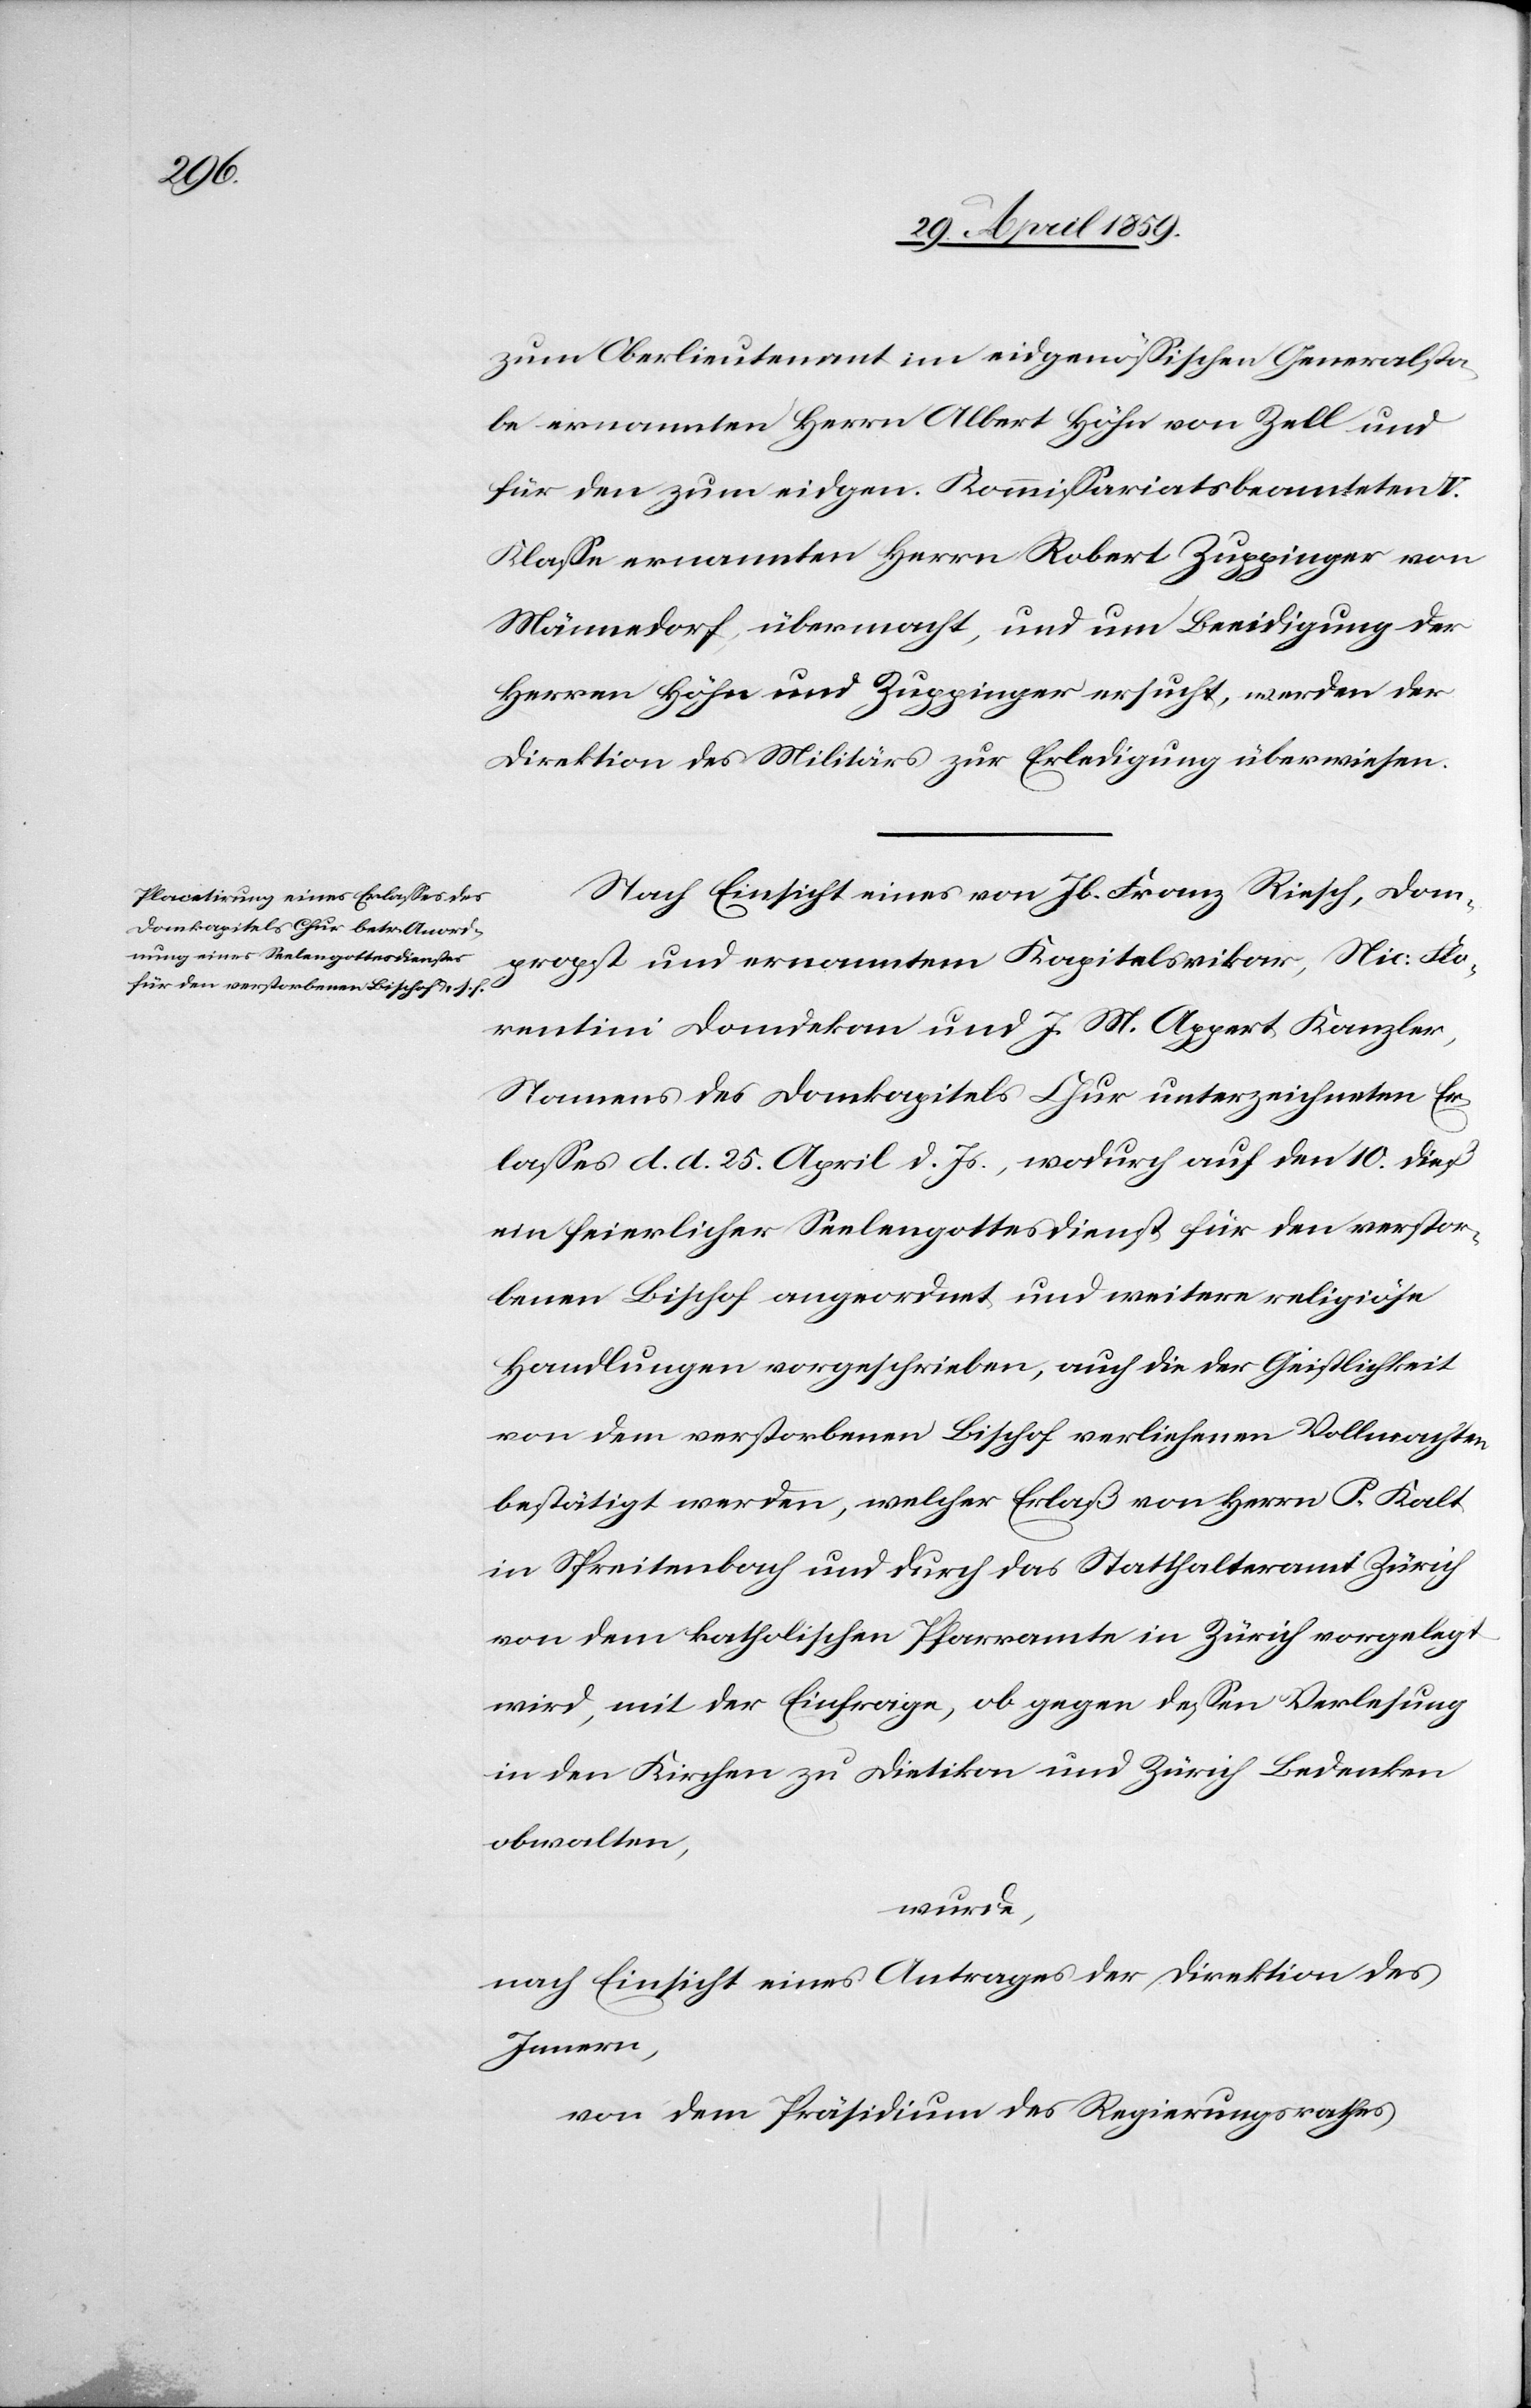
1859.]

zum Oberlieutenant im eidgenößischen Generalsta¬
be ernannten Herrn Albert Höhn von Zell und
für den zum eidgen. Kommißariatsbeamteten V.
Klaße ernannten Herrn Robert Zuppinger von
Männedorf, übermacht, und um Beeidigung der
Herren Höhn und Zuppinger ersucht, werden der
Direktion des Militärs zur Erledigung überwiesen.
Nach Einsicht eines von Jb. Franz Riesch, Dom¬
propst und ernanntem Kapitelsvikar, Nic. Flo¬
4.
rentini Domdekan und J. M. Appert Kanzler,
Namens des Domkapitels Chur unterzeichneten Er¬
laßes d. d. 25. April d. Js., wodurch auf den 10. dieß
ein feierlicher Seelengottesdienst für den verstor¬
benen Bischof angeordnet und weitere religiöse
Handlungen vorgeschrieben, auch die der Geistlichkeit
von dem verstorbenen Bischof verliehenen Vollmachten
bestätigt werden, welcher Erlaß von Herrn P. Kalt
in Spreitenbach und durch das Statthalteramt Zürich
von dem katholischen Pfarramte in Zürich vorgelegt
wird, mit der Einfrage, ob gegen deßen Verlesung
in den Kirchen zu Dietikon und Zürich Bedenken
obwalten,
wurde,
nach Einsicht eines Antrages der Direktion des
Innern,
von dem Präsidium des Regierungsrathes